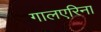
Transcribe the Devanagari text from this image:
गालएरिना